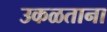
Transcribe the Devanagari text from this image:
उकळताना